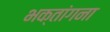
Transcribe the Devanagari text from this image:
भक्तांगना